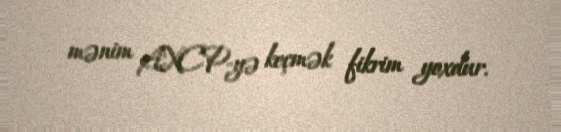
mənim AXCP-yə keçmək fikrim yoxdur.